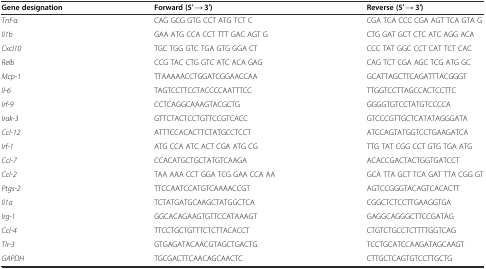
<table><thead><tr><td><b>Gene designation</b></td><td><b>Forward (5′ → 3′)</b></td><td><b>Reverse (5′ → 3′)</b></td></tr></thead><tbody><tr><td><i>Tnf-α</i></td><td>CAG GCG GTG CCT ATG TCT C</td><td>CGA TCA CCC CGA AGT TCA GTA G</td></tr><tr><td><i>Il1b</i></td><td>GAA ATG CCA CCT TTT GAC AGT G</td><td>CTG GAT GCT CTC ATC AGG ACA</td></tr><tr><td><i>Cxcl10</i></td><td>TGC TGG GTC TGA GTG GGA CT</td><td>CCC TAT GGC CCT CAT TCT CAC</td></tr><tr><td><i>Relb</i></td><td>CCG TAC CTG GTC ATC ACA GAG</td><td>CAG TCT CGA AGC TCG ATG GC</td></tr><tr><td><i>Mcp-1</i></td><td>TTAAAAACCTGGATCGGAACCAA</td><td>GCATTAGCTTCAGATTTACGGGT</td></tr><tr><td><i>Il-6</i></td><td>TAGTCCTTCCTACCCCAATTTCC</td><td>TTGGTCCTTAGCCACTCCTTC</td></tr><tr><td><i>Irf-9</i></td><td>CCTCAGGCAAAGTACGCTG</td><td>GGGGTGTCCTATGTCCCCA</td></tr><tr><td><i>Irak-3</i></td><td>GTTCTACTCCTGTTCCGTCACC</td><td>GTCCCGTTGCTCATATAGGGATA</td></tr><tr><td><i>Ccl-12</i></td><td>ATTTCCACACTTCTATGCCTCCT</td><td>ATCCAGTATGGTCCTGAAGATCA</td></tr><tr><td><i>Irf-1</i></td><td>ATG CCA ATC ACT CGA ATG CG</td><td>TTG TAT CGG CCT GTG TGA ATG</td></tr><tr><td><i>Ccl-7</i></td><td>CCACATGCTGCTATGTCAAGA</td><td>ACACCGACTACTGGTGATCCT</td></tr><tr><td><i>Ccl-2</i></td><td>TAA AAA CCT GGA TCG GAA CCA AA</td><td>GCA TTA GCT TCA GAT TTA CGG GT</td></tr><tr><td><i>Ptgs-2</i></td><td>TTCCAATCCATGTCAAAACCGT</td><td>AGTCCGGGTACAGTCACACTT</td></tr><tr><td><i>Il1a</i></td><td>TCTATGATGCAAGCTATGGCTCA</td><td>CGGCTCTCCTTGAAGGTGA</td></tr><tr><td><i>Irg-1</i></td><td>GGCACAGAAGTGTTCCATAAAGT</td><td>GAGGCAGGGCTTCCGATAG</td></tr><tr><td><i>Ccl-4</i></td><td>TTCCTGCTGTTTCTCTTACACCT</td><td>CTGTCTGCCTCTTTTGGTCAG</td></tr><tr><td><i>Tlr-3</i></td><td>GTGAGATACAACGTAGCTGACTG</td><td>TCCTGCATCCAAGATAGCAAGT</td></tr><tr><td><i>GAPDH</i></td><td>TGCGACTTCAACAGCAACTC</td><td>CTTGCTCAGTGTCCTTGCTG</td></tr></tbody></table>